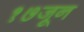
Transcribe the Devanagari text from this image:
१७जून